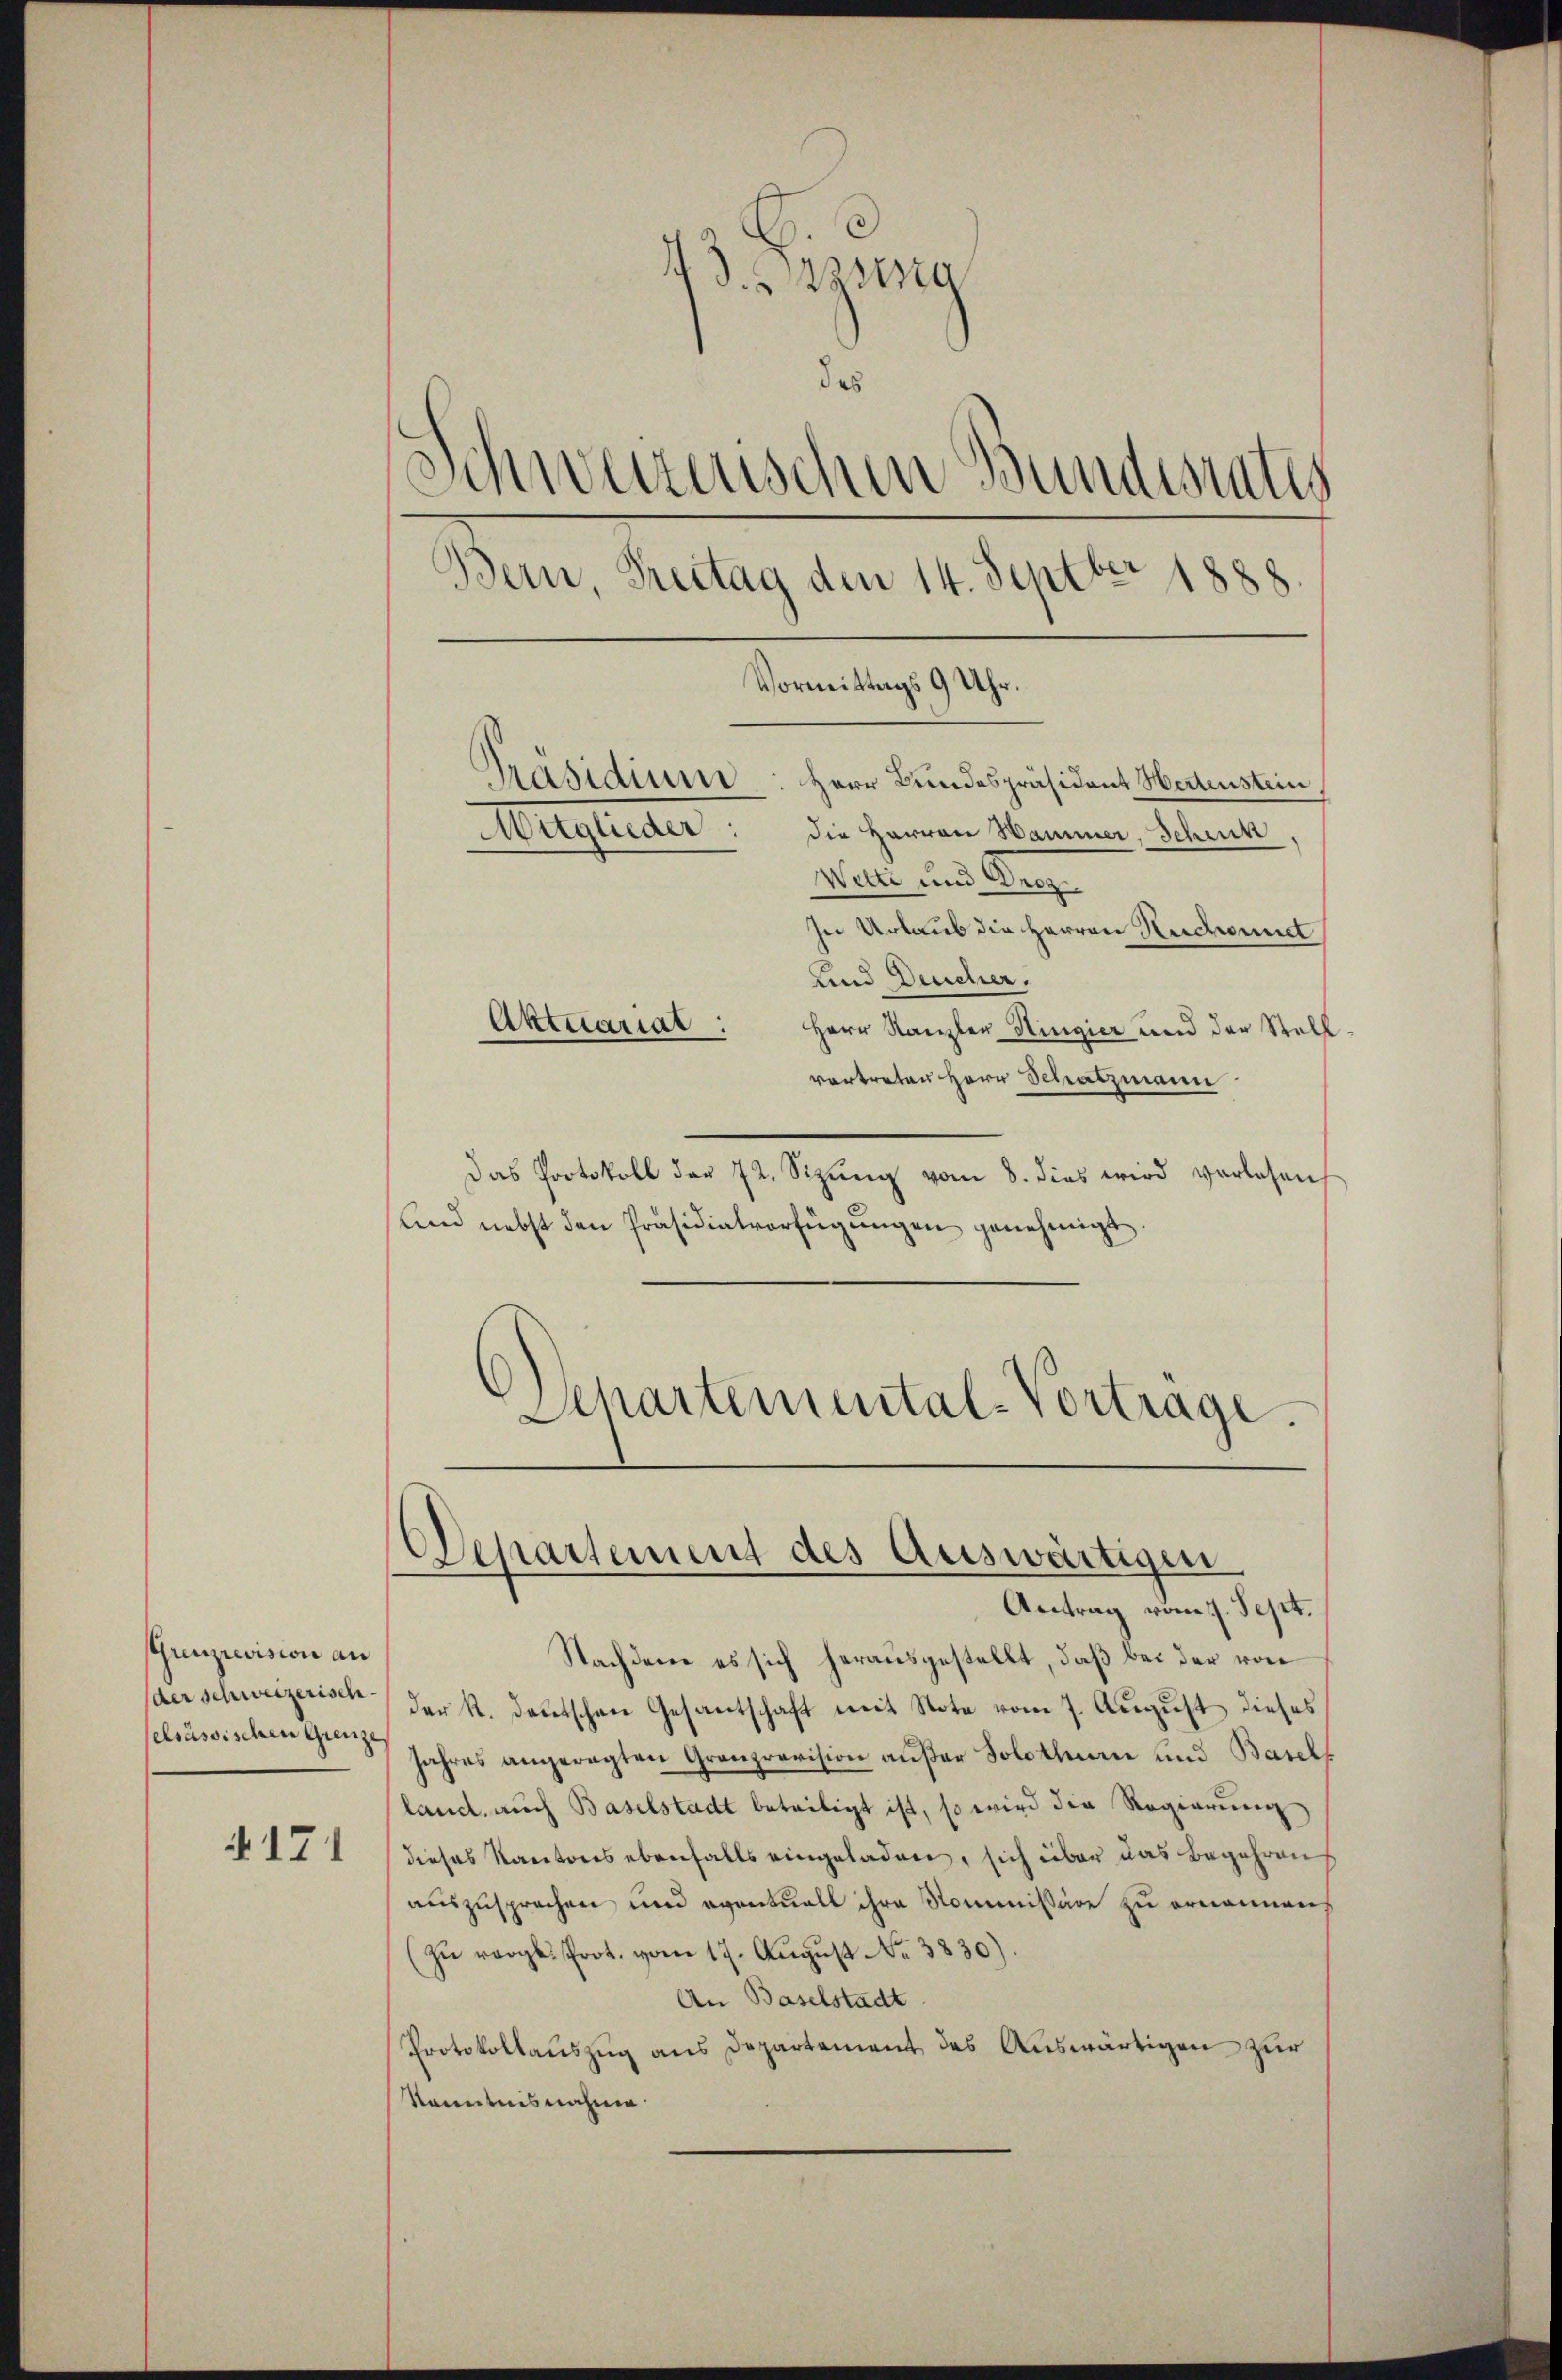
(Grenzrevision an
(der schweizerisch
selsässischen Grenze

§171

73. Disung
des
Schweizerischen Bundesrates
Bern, Freitag den 14. Septbr 1888
Vormittags 9 Uhr.
Präsidium: Herr Bundespräsident Heitenstein
Aueglieder
die Herren Hammer, Schenk
Welti und Droz.
In Urlaub die Herren Herchonnet
Kind Deucher.
Aktuariat:
Herr Kanzler Hingier und der Stell
vortreten Herr Schatzmann

Das Protokoll der 72. Sizŭng vom 8. dies wird vorlesen
Und nebst den Präsidialverfügŭngen genehmigt.
Schartemental-Vortrage.

Departement des Auswärtigen
Antrag vom 7. Sept.

Nachdem es sich herausgestellt, daß bei der von
der K. Deutschen Gesantschaft mit Note vom 7. August dieses
Jahres angeregten Grenzrevision außer Solothurn und Basels
land. auch Baselstadt beteiligt ist, so wird die Regierung
dieses Kantons ebenfalls eingeladen, sich über das Begehrens
auszusprechen und eventuell ihre Kommissäre zu ernennen,
(zŭ vergl. Prot. vom 17. Aŭgŭst No. 3830).
An Baselstadt
Protokollauszug aus Departement des Auswärtigen zur
kanntnisnahme